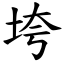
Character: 垮